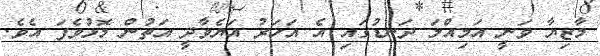
މާޒިޔާ ވަނީ އަމިއްލަ ދަނޑުގައި އެ އަހަރު އަޔެވާދީ އަތުން މޮޅުވެފަ އެވެ.